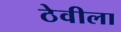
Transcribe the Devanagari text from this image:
ठेवीला